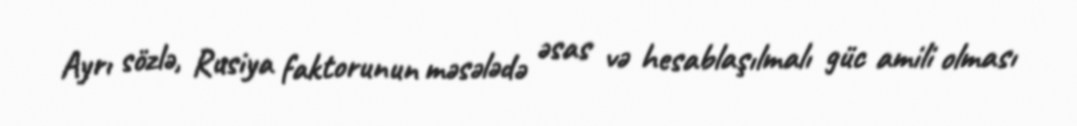
Ayrı sözlə, Rusiya faktorunun məsələdə əsas və hesablaşılmalı güc amili olması